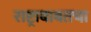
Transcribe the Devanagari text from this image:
राष्ट्राबाबतचा